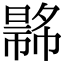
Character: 𢄾